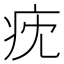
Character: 㽸